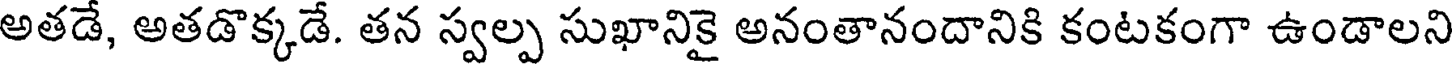
అతడే, అతడొక్కడే. తన స్వల్ప సుఖానికై అనంతానందానికి కంటకంగా ఉండాలని